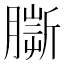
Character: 𦠠